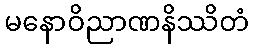
မနောဝိညာဏနိဿိတံ